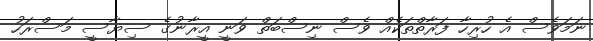
ނަމަވެސް އެ ހުރިހާ ފަރާތްތަކެއް ވެސް ނިސްބަތް ވަނީ އީރާނުގެ ސިޔާސީ މަސްރަހު